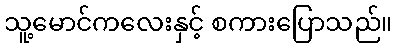
သူ့မောင်ကလေးနှင့် စကားပြောသည်။